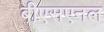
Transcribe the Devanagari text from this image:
बीएसएनल